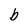
Character: b